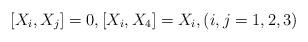
LaTeX: \begin{align*}[X_{i},X_{j}] = 0, [X_{i},X_{4}] = X_{i}, (i,j=1,2,3) \end{align*}